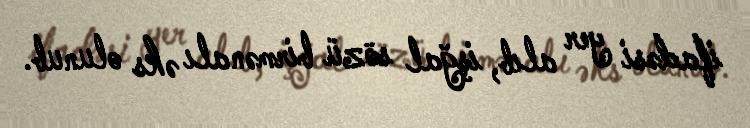
ifadəsi yer alıb, işğal sözü birmənalı əks olunub.